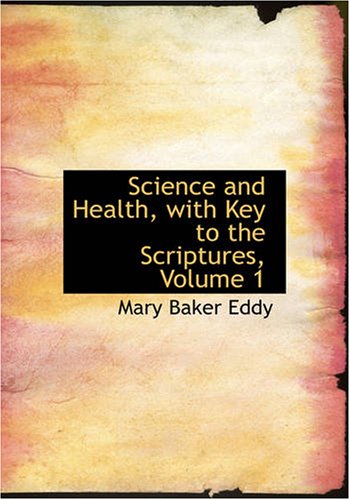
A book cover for Science and Health, with Key to the Scriptures; Mary Baker Eddy; Christian Books & Bibles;